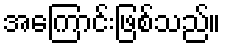
အကြောင်းဖြစ်သည်။